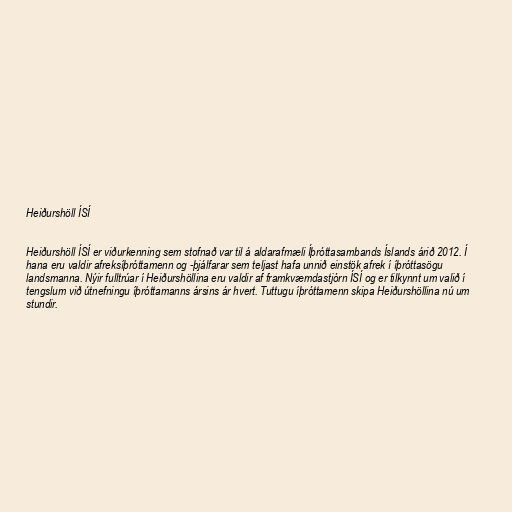
Heiðurshöll ÍSÍ

Heiðurshöll ÍSÍ er viðurkenning sem stofnað var til á aldarafmæli Íþróttasambands Íslands árið 2012. Í
hana eru valdir afreksíþróttamenn og -þjálfarar sem teljast hafa unnið einstök afrek í íþróttasögu
landsmanna. Nýir fulltrúar í Heiðurshöllina eru valdir af framkvæmdastjórn ÍSÍ og er tilkynnt um valið í
tengslum við útnefningu íþróttamanns ársins ár hvert. Tuttugu íþróttamenn skipa Heiðurshöllina nú um
stundir.